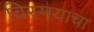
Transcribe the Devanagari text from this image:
विस्मयाचा